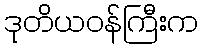
ဒုတိယဝန်ကြီးက